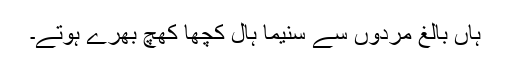
ہاں بالغ مردوں سے سنیما ہال کچھا کھچ بھرے ہوتے۔